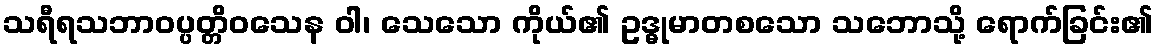
သရီရသဘာဝပ္ပတ္တိဝသေန ဝါ၊ သေသော ကိုယ်၏ ဥဒ္ဓုမာတစသော သဘောသို့ ရောက်ခြင်း၏